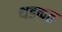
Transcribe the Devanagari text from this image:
थडकत